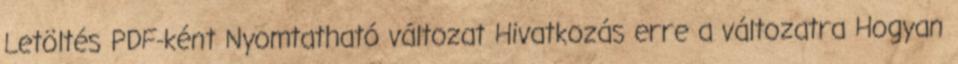
Letöltés PDF-ként Nyomtatható változat Hivatkozás erre a változatra Hogyan